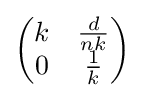
{\begin{pmatrix}k&{\frac {d}{nk}}\\0&{\frac {1}{k}}\end{pmatrix}}